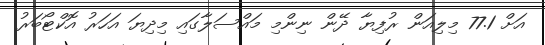
އަށް 77.1 މިލިއަން ރުފިޔާ ދޭން ނިންމި މައްސަލާގައި މިދިޔަ އަހަރު އޮކްޓޯބަރު